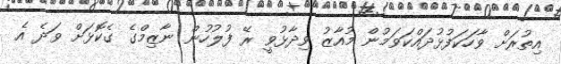
އިތުރަށް ވާހަކަފުޅުދައްކަވަމުން މުއާޒު ވިދާޅުވީ ރޭ ފުލުހުން ނާޒިމްގެ ގެކޮޅަށް ވަދެ އެ